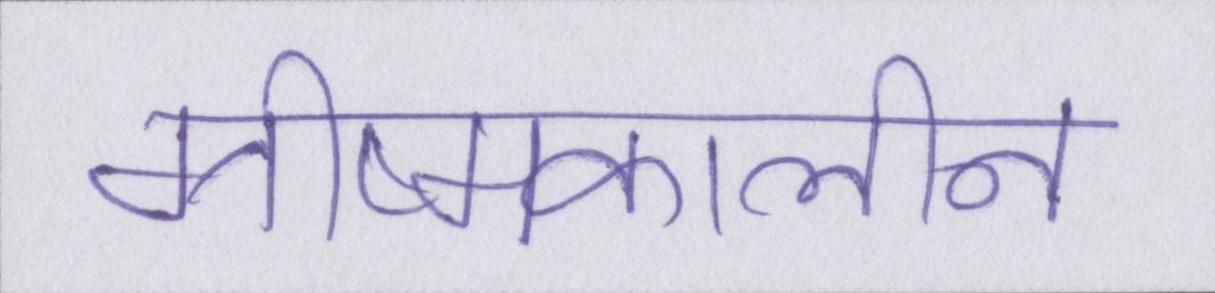
ग्रीष्मकालीन